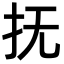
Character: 抚